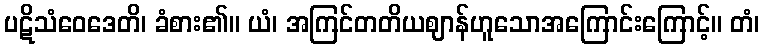
ပဋိသံဝေဒေတိ၊ ခံစား၏။ ယံ၊ အကြင်တတိယဈာန်ဟူသောအကြောင်းကြောင့်။ တံ၊